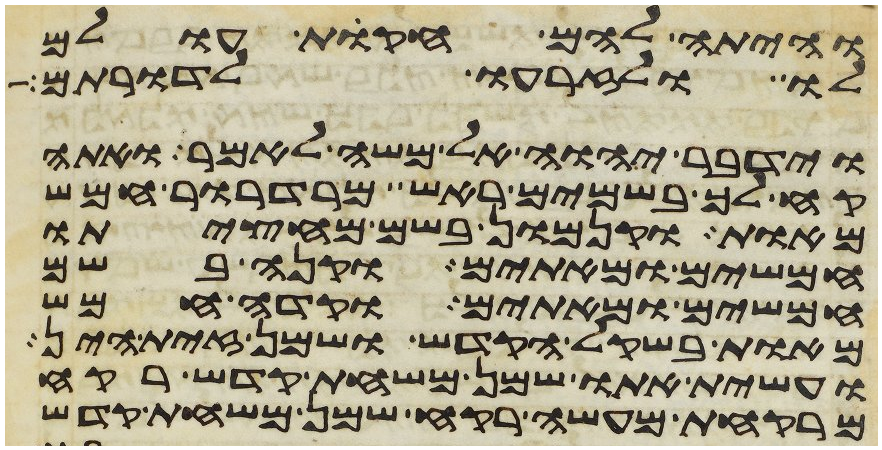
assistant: והיתה להם חקות עולם
לו ולזרעו לדרותם
וידבר יהוה אל משה לאמר ואתה
קח לך בשמים ראש מרדרור חמש
מאות וקנמון בשם מחציתו
חמשים ומאתים וקנה בשם
חמשים ומאתים וקדה חמש
מאות בשקל הקדש ושמן זית הין
ועשית אתו שמן משחת קדש רקח
מרקחת מעשה רקח שמן משחת קדש